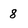
Character: 8